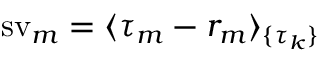
\operatorname { s v } _ { m } = \langle \tau _ { m } - r _ { m } \rangle _ { \{ \tau _ { k } \} }